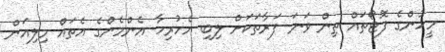
މީހުންގެ ފޮޓޯތައް ތިން ވަނަ ފަރާތަކަށް ލިބި އެހުރިހާ އެންމެންގެ އެތައް މިލިއަން